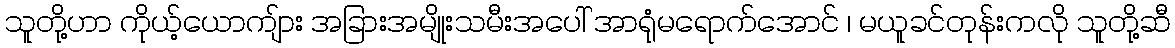
သူတို့ဟာ ကိုယ့်ယောကျ်ား အခြားအမျိုးသမီးအပေါ် အာရုံမရောက်အောင် ၊ မယူခင်တုန်းကလို သူတို့ဆီ